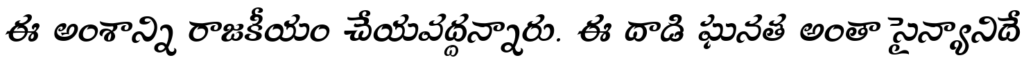
ఈ అంశాన్ని రాజకీయం చేయవద్దన్నారు. ఈ దాడి ఘనత అంతా సైన్యానిదే